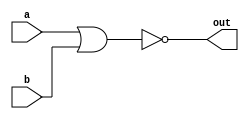
module top_module(input a, b, output out);

    assign out = ~(a|b);

    /*
        Second Way:
          nor(out, a, b);
    */

endmodule
/*
    Why equal right side is "~(a | b)"?
    Ans: Because this question asks us "XOR", 
    while "|" is represented "OR", so we need to
    add "~ not" in front of "(a|b)".
*/